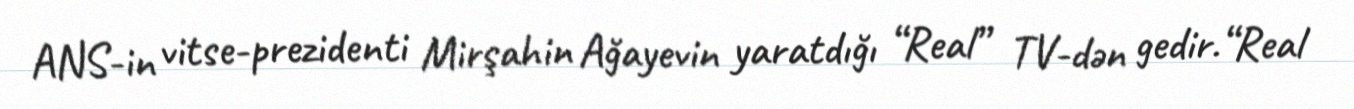
ANS-in vitse-prezidenti Mirşahin Ağayevin yaratdığı “Real” TV-dən gedir.“Real